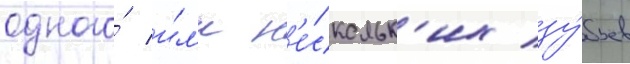
одного́ и́л'и н'е́скольк'их зу́бьев